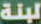
لبنة